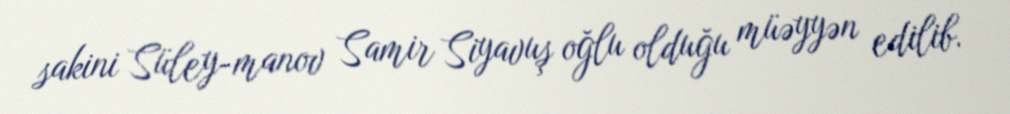
sakini Süley­manov Samir Siyavuş oğlu olduğu müəyyən edilib.